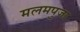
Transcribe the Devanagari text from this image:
मलमपुजा